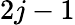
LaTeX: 2j-1